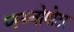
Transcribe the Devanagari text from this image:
प्स्य्चोमोटर